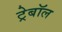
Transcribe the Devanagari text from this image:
ट्रेबॉल